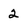
Character: 2